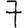
Digit: 7